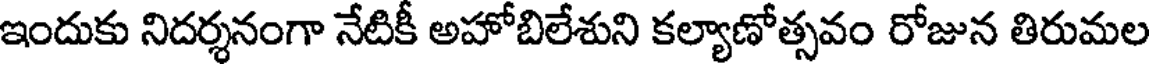
ఇందుకు నిదర్శనంగా నేటికీ అహోబిలేశుని కల్యాణోత్సవం రోజున తిరుమల